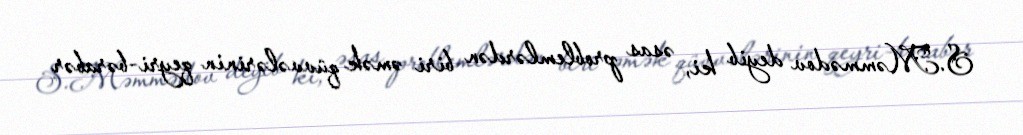
S.Məmmədov deyib ki, əsas problemlərdən biri əmək qüvvələrinin qeyri-bərabər